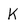
Character: K